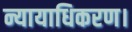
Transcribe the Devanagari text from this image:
न्यायाधिकरण।